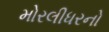
મોરલીધરનો